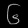
Digit: ၆